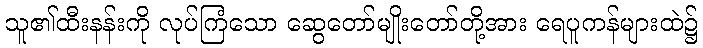
သူ၏ထီးနန်းကို လုပ်ကြံသော ဆွေတော်မျိုးတော်တို့အား ရေပူကန်များထဲ၌